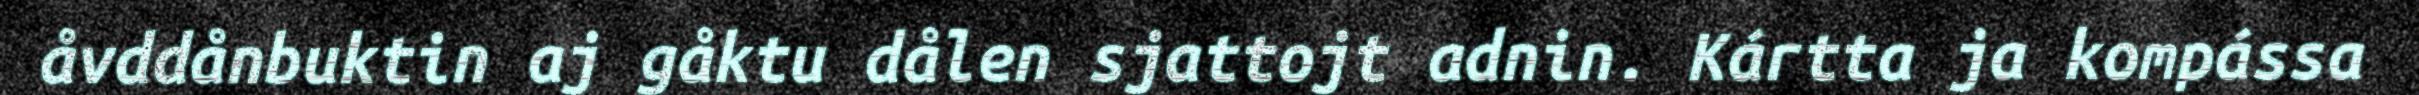
åvddånbuktin aj gåktu dålen sjattojt adnin. Kártta ja kompássa